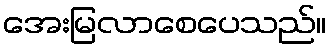
အေးမြလာစေပေသည်။